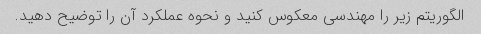
الگوریتم زیر را مهندسی معکوس کنید و نحوه عملکرد آن را توضیح دهید.